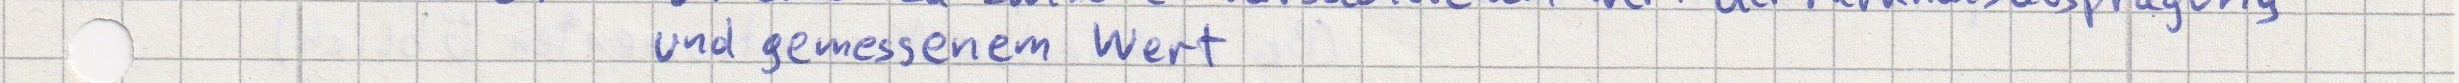
und gemessenem Wert